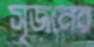
সৃজনের